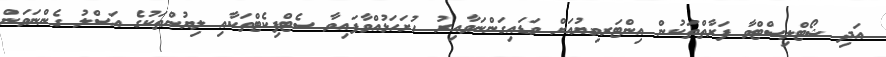
އަދި ޝޯޓްލިސްޓްވާ ފަރާތްތަކުން އިންޓަރވިޔުއަށް ވަޑައިގަންނަވާއިރު ހުށަހަޅުއްވާފައިވާ ސެޓްފިކެޓްތަކާއި ލިޔުންތަކުގެ އަސްލު ގެންނަވަން